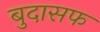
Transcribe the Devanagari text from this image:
बुदासफ